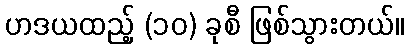
ဟဒယထည့် (၁၀) ခုစီ ဖြစ်သွားတယ်။